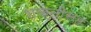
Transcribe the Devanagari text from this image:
शक्तीसह